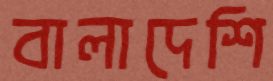
বালাদেশি